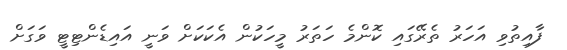
ފާއިތުވި އަހަރު ތެރޭގައި ކޮންމެ ހަތަރު މީހަކުން އެކަކަށް ވަނީ އައިޑެންޓިޓީ ވަގަށް